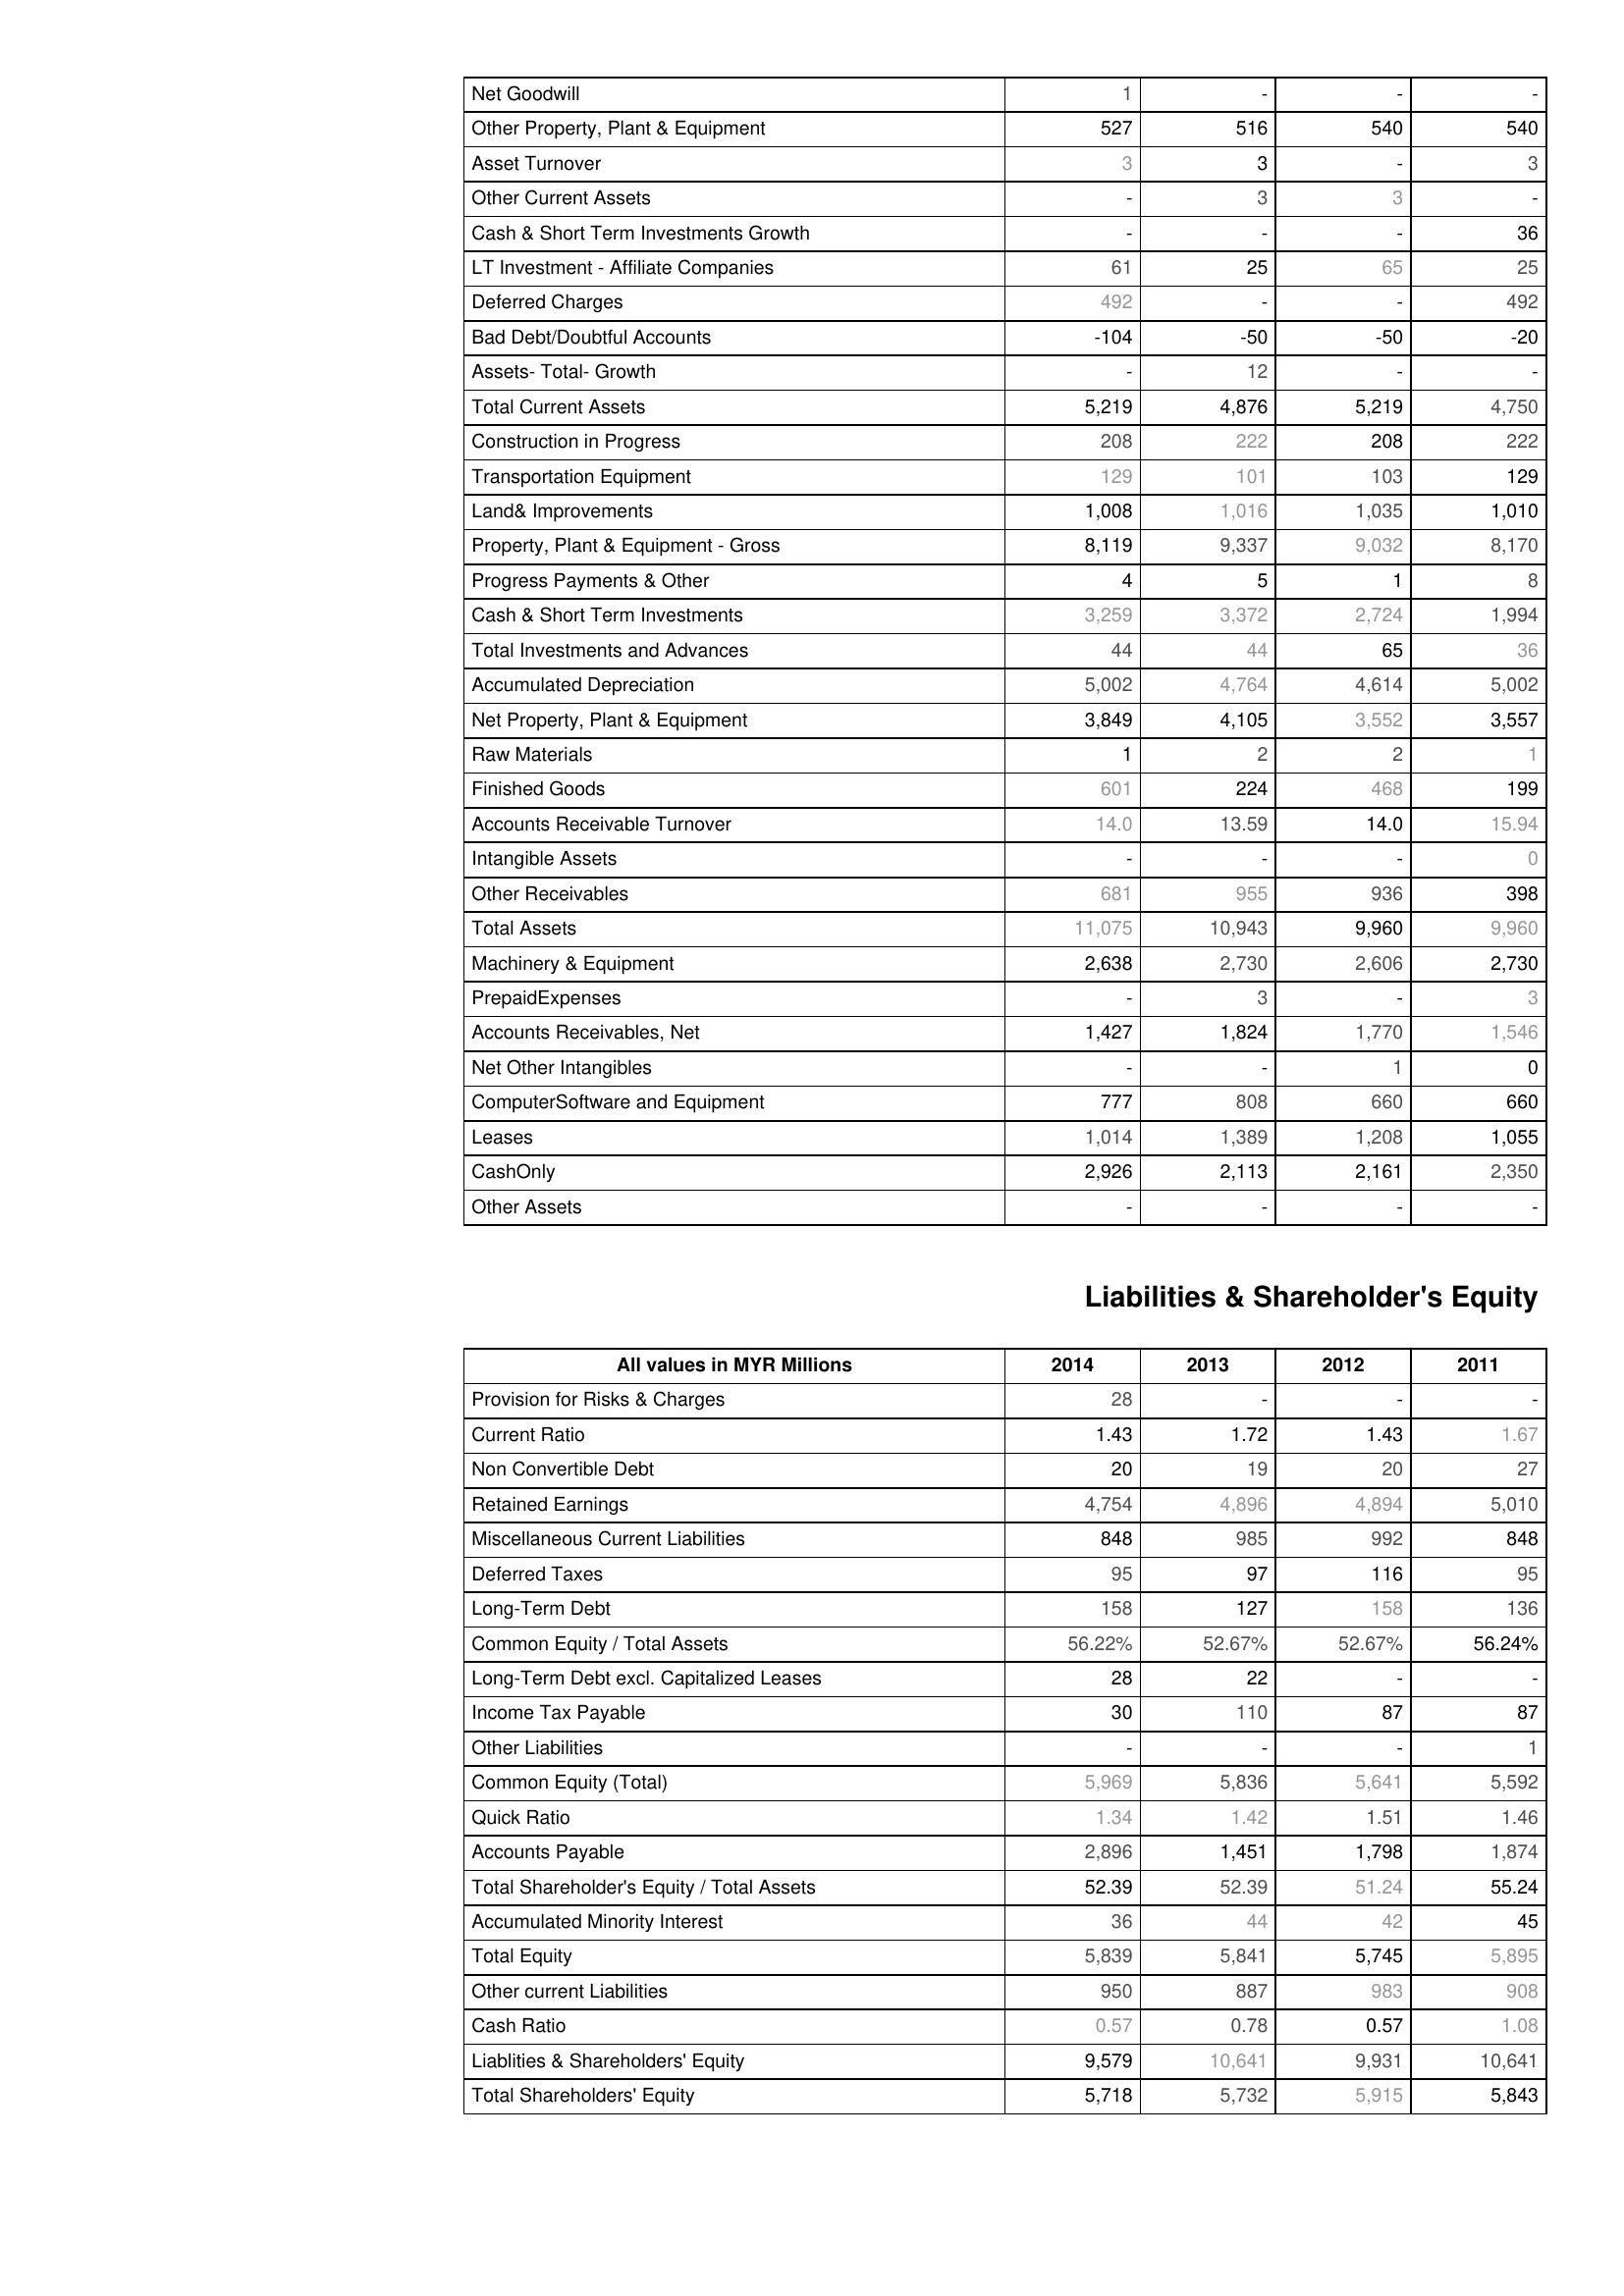
2014: Assets: Net Goodwill: 1
Other Property, Plant & Equipment: 527
Asset Turnover: 3
Other Current Assets: -
Cash & Short Term Investments Growth: -
LT Investment - Affiliate Companies: 61
Deferred Charges: 492
Bad Debt/Doubtful Accounts: -104
Assets- Total- Growth: -
Total Current Assets: 5,219
Construction in Progress: 208
Transportation Equipment: 129
Land& Improvements: 1,008
Property, Plant & Equipment - Gross : 8,119
Progress Payments & Other: 4
Cash & Short Term Investments: 3,259
Total Investments and Advances: 44
Accumulated Depreciation: 5,002
Net Property, Plant & Equipment: 3,849
Raw Materials: 1
Finished Goods: 601
Accounts Receivable Turnover: 14.0
Intangible Assets: -
Other Receivables: 681
Total Assets: 11,075
Machinery & Equipment: 2,638
PrepaidExpenses: -
Accounts Receivables, Net: 1,427
Net Other Intangibles: -
ComputerSoftware and Equipment: 777
Leases: 1,014
CashOnly: 2,926
Other Assets: -
Liabilities & Shareholder's Equity: Provision for Risks & Charges: 28
Current Ratio: 1.43
Non Convertible Debt: 20
Retained Earnings: 4,754
Miscellaneous Current Liabilities: 848
Deferred Taxes: 95
Long-Term Debt: 158
Common Equity / Total Assets: 56.22%
Long-Term Debt excl. Capitalized Leases: 28
Income Tax Payable: 30
Other Liabilities: -
Common Equity (Total): 5,969
Quick Ratio: 1.34
Accounts Payable: 2,896
Total Shareholder's Equity / Total Assets: 52.39
Accumulated Minority Interest: 36
Total Equity: 5,839
Other current Liabilities: 950
Cash Ratio: 0.57
Liablities & Shareholders' Equity: 9,579
Total Shareholders' Equity: 5,718
2013: Assets: Net Goodwill: -
Other Property, Plant & Equipment: 516
Asset Turnover: 3
Other Current Assets: 3
Cash & Short Term Investments Growth: -
LT Investment - Affiliate Companies: 25
Deferred Charges: -
Bad Debt/Doubtful Accounts: -50
Assets- Total- Growth: 12
Total Current Assets: 4,876
Construction in Progress: 222
Transportation Equipment: 101
Land& Improvements: 1,016
Property, Plant & Equipment - Gross : 9,337
Progress Payments & Other: 5
Cash & Short Term Investments: 3,372
Total Investments and Advances: 44
Accumulated Depreciation: 4,764
Net Property, Plant & Equipment: 4,105
Raw Materials: 2
Finished Goods: 224
Accounts Receivable Turnover: 13.59
Intangible Assets: -
Other Receivables: 955
Total Assets: 10,943
Machinery & Equipment: 2,730
PrepaidExpenses: 3
Accounts Receivables, Net: 1,824
Net Other Intangibles: -
ComputerSoftware and Equipment: 808
Leases: 1,389
CashOnly: 2,113
Other Assets: -
Liabilities & Shareholder's Equity: Provision for Risks & Charges: -
Current Ratio: 1.72
Non Convertible Debt: 19
Retained Earnings: 4,896
Miscellaneous Current Liabilities: 985
Deferred Taxes: 97
Long-Term Debt: 127
Common Equity / Total Assets: 52.67%
Long-Term Debt excl. Capitalized Leases: 22
Income Tax Payable: 110
Other Liabilities: -
Common Equity (Total): 5,836
Quick Ratio: 1.42
Accounts Payable: 1,451
Total Shareholder's Equity / Total Assets: 52.39
Accumulated Minority Interest: 44
Total Equity: 5,841
Other current Liabilities: 887
Cash Ratio: 0.78
Liablities & Shareholders' Equity: 10,641
Total Shareholders' Equity: 5,732
2012: Assets: Net Goodwill: -
Other Property, Plant & Equipment: 540
Asset Turnover: -
Other Current Assets: 3
Cash & Short Term Investments Growth: -
LT Investment - Affiliate Companies: 65
Deferred Charges: -
Bad Debt/Doubtful Accounts: -50
Assets- Total- Growth: -
Total Current Assets: 5,219
Construction in Progress: 208
Transportation Equipment: 103
Land& Improvements: 1,035
Property, Plant & Equipment - Gross : 9,032
Progress Payments & Other: 1
Cash & Short Term Investments: 2,724
Total Investments and Advances: 65
Accumulated Depreciation: 4,614
Net Property, Plant & Equipment: 3,552
Raw Materials: 2
Finished Goods: 468
Accounts Receivable Turnover: 14.0
Intangible Assets: -
Other Receivables: 936
Total Assets: 9,960
Machinery & Equipment: 2,606
PrepaidExpenses: -
Accounts Receivables, Net: 1,770
Net Other Intangibles: 1
ComputerSoftware and Equipment: 660
Leases: 1,208
CashOnly: 2,161
Other Assets: -
Liabilities & Shareholder's Equity: Provision for Risks & Charges: -
Current Ratio: 1.43
Non Convertible Debt: 20
Retained Earnings: 4,894
Miscellaneous Current Liabilities: 992
Deferred Taxes: 116
Long-Term Debt: 158
Common Equity / Total Assets: 52.67%
Long-Term Debt excl. Capitalized Leases: -
Income Tax Payable: 87
Other Liabilities: -
Common Equity (Total): 5,641
Quick Ratio: 1.51
Accounts Payable: 1,798
Total Shareholder's Equity / Total Assets: 51.24
Accumulated Minority Interest: 42
Total Equity: 5,745
Other current Liabilities: 983
Cash Ratio: 0.57
Liablities & Shareholders' Equity: 9,931
Total Shareholders' Equity: 5,915
2011: Assets: Net Goodwill: -
Other Property, Plant & Equipment: 540
Asset Turnover: 3
Other Current Assets: -
Cash & Short Term Investments Growth: 36
LT Investment - Affiliate Companies: 25
Deferred Charges: 492
Bad Debt/Doubtful Accounts: -20
Assets- Total- Growth: -
Total Current Assets: 4,750
Construction in Progress: 222
Transportation Equipment: 129
Land& Improvements: 1,010
Property, Plant & Equipment - Gross : 8,170
Progress Payments & Other: 8
Cash & Short Term Investments: 1,994
Total Investments and Advances: 36
Accumulated Depreciation: 5,002
Net Property, Plant & Equipment: 3,557
Raw Materials: 1
Finished Goods: 199
Accounts Receivable Turnover: 15.94
Intangible Assets: 0
Other Receivables: 398
Total Assets: 9,960
Machinery & Equipment: 2,730
PrepaidExpenses: 3
Accounts Receivables, Net: 1,546
Net Other Intangibles: 0
ComputerSoftware and Equipment: 660
Leases: 1,055
CashOnly: 2,350
Other Assets: -
Liabilities & Shareholder's Equity: Provision for Risks & Charges: -
Current Ratio: 1.67
Non Convertible Debt: 27
Retained Earnings: 5,010
Miscellaneous Current Liabilities: 848
Deferred Taxes: 95
Long-Term Debt: 136
Common Equity / Total Assets: 56.24%
Long-Term Debt excl. Capitalized Leases: -
Income Tax Payable: 87
Other Liabilities: 1
Common Equity (Total): 5,592
Quick Ratio: 1.46
Accounts Payable: 1,874
Total Shareholder's Equity / Total Assets: 55.24
Accumulated Minority Interest: 45
Total Equity: 5,895
Other current Liabilities: 908
Cash Ratio: 1.08
Liablities & Shareholders' Equity: 10,641
Total Shareholders' Equity: 5,843